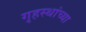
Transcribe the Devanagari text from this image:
गृहस्थांच्या